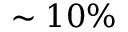
\sim 1 0 \%